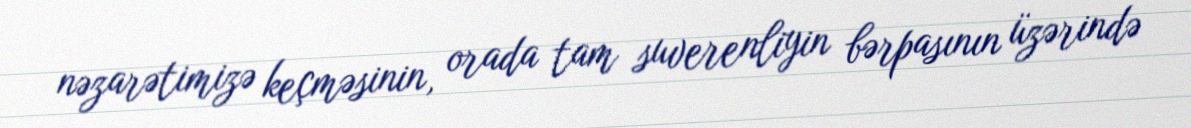
nəzarətimizə keçməsinin, orada tam suverenliyin bərpasının üzərində